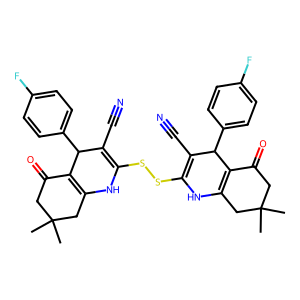
SMILES: CC1(C)CC(=O)C2=C(C1)NC(SSC1=C(C#N)C(c3ccc(F)cc3)C3=C(CC(C)(C)CC3=O)N1)=C(C#N)C2c1ccc(F)cc1
Inhibits HIV replication: Yes